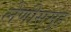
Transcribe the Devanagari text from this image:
लेणीसमुह